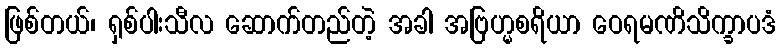
ဖြစ်တယ်၊ ရှစ်ပါးသီလ ဆောက်တည်တဲ့ အခါ အဗြဟ္မစရိယာ ဝေရမဏိသိက္ခာပဒံ